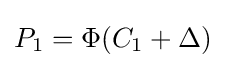
P_{\text{1}}=\Phi (C_{\text{1}}+\Delta )